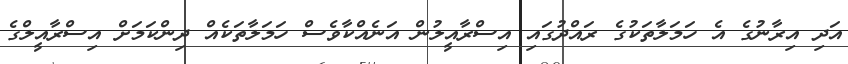
އަދި އިރާނުގެ އެ ހަމަލާތަކުގެ ރައްދުގައި އިސްރާއީލުން އަނެއްކާވެސް ހަމަލާތަކެއް ދިންކަމަށް އިސްރާއީލްގެ